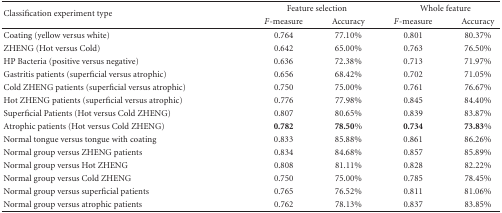
<table><thead><tr><td rowspan="2"><b>Classification experiment type</b></td><td colspan="2"><b>Feature selection</b></td><td colspan="2"><b>Whole feature</b></td></tr><tr><td><b><i>F</i>-measure</b></td><td><b>Accuracy</b></td><td><b><i>F</i>-measure</b></td><td><b>Accuracy</b></td></tr></thead><tbody><tr><td>Coating (yellow versus white)</td><td>0.764</td><td>77.10%</td><td>0.801</td><td>80.37%</td></tr><tr><td>ZHENG (Hot versus Cold)</td><td>0.642</td><td>65.00%</td><td>0.763</td><td>76.50%</td></tr><tr><td>HP Bacteria (positive versus negative)</td><td>0.636</td><td>72.38%</td><td>0.713</td><td>71.97%</td></tr><tr><td>Gastritis patients (superficial versus atrophic)</td><td>0.656</td><td>68.42%</td><td>0.702</td><td>71.05%</td></tr><tr><td>Cold ZHENG patients (superficial versus atrophic)</td><td>0.750</td><td>75.00%</td><td>0.761</td><td>76.67%</td></tr><tr><td>Hot ZHENG patients (superficial versus atrophic)</td><td>0.776</td><td>77.98%</td><td>0.845</td><td>84.40%</td></tr><tr><td>Superficial Patients (Hot versus Cold ZHENG)</td><td>0.807</td><td>80.65%</td><td>0.839</td><td>83.87%</td></tr><tr><td>Atrophic patients (Hot versus Cold ZHENG)</td><td><b>0.782</b></td><td><b>78.50%</b></td><td><b>0.734</b></td><td><b>73.83%</b></td></tr><tr><td>Normal tongue versus tongue with coating</td><td>0.833</td><td>85.88%</td><td>0.861</td><td>86.26%</td></tr><tr><td>Normal group versus ZHENG patients</td><td>0.834</td><td>84.68%</td><td>0.857</td><td>85.89%</td></tr><tr><td>Normal group versus Hot ZHENG</td><td>0.808</td><td>81.11%</td><td>0.828</td><td>82.22%</td></tr><tr><td>Normal group versus Cold ZHENG</td><td>0.750</td><td>75.00%</td><td>0.785</td><td>78.45%</td></tr><tr><td>Normal group versus superficial patients</td><td>0.765</td><td>76.52%</td><td>0.811</td><td>81.06%</td></tr><tr><td>Normal group versus atrophic patients</td><td>0.762</td><td>78.13%</td><td>0.837</td><td>83.85%</td></tr></tbody></table>